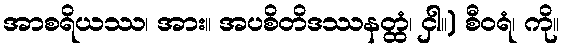
အာစရိယဿ၊ အား။ အပစိတိဒဿနတ္ထံ၊ ငှါ။) စီဝရံ၊ ကို။